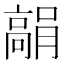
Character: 𩫘